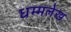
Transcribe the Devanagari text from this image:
धम्मलेख